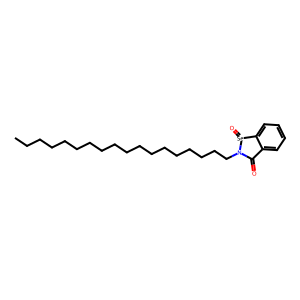
SMILES: CCCCCCCCCCCCCCCCCCN1C(=O)c2ccccc2[Se]1=O
Inhibits HIV replication: No